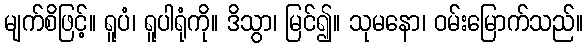
မျက်စိဖြင့်။ ရူပံ၊ ရူပါရုံကို။ ဒိသွာ၊ မြင်၍။ သုမနော၊ ဝမ်းမြောက်သည်။